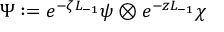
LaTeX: \Psi : = e ^ { - \zeta L _ { - 1 } } \psi \otimes e ^ { - z L _ { - 1 } } \chi